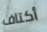
أكتاف